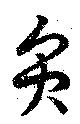
員